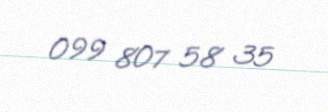
099 807 58 35